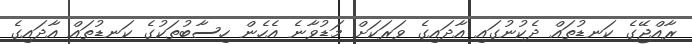
ރާއްޖޭގެ ކަނޑުތައް ދެކުނުގައި އާދައިގެ ވަރަކަށް މަޑުވާނެ އެހެން ހިސާބުތަކުގެ ކަނޑުތައް އާދައިގެ